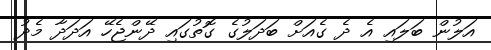
އަލުން ބަލައި އެ ދެ ގެއަށް ބަދަލުގެ ގޮތުގައި ދޭންޖެހޭ އަދަދާ މެދު